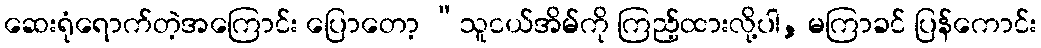
ဆေးရုံရောက်တဲ့အကြောင်း ပြောတော့ “သူငယ်အိမ်ကို ကြည့်ထားလို့ပါ, မကြာခင် ပြန်ကောင်း